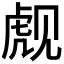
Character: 𬟪